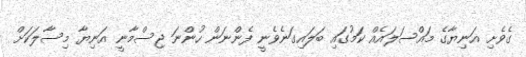
ގެވެށި އަނިޔާގެ މައްސަލައެއް ކަމުގައި ބަލައިގަނެވެނީ ފެންނަން ހުންނަ ޖިސްމާނީ އަނިޔާ މިސާލަކަށް